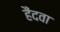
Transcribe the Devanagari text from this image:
हैंदवा